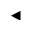
\blacktriangleleft